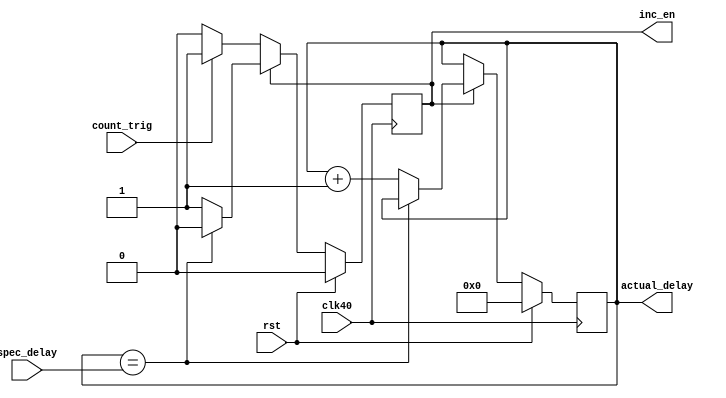
module iodelay_incrementor(
	input clk40,
	input rst,
	input count_trig,
	input  [5:0] spec_delay,
	output reg inc_en,
	output reg [5:0] actual_delay
);
always @(posedge clk40) begin
	if (rst) begin
		inc_en <= 0;
		actual_delay <= 0;
	end else begin
		if (inc_en) begin
			if (actual_delay == spec_delay) begin
				inc_en <= 0;
			end else begin
				actual_delay <= actual_delay + 1;
			end
		end else begin
			if (count_trig) begin
				inc_en <= 1;
			end
		end
	end
end
endmodule